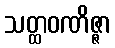
သတ္ထဝဏိဇ္ဇာ